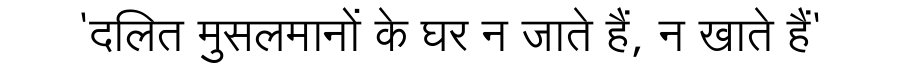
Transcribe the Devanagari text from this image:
'दलित मुसलमानों के घर न जाते हैं, न खाते हैं'